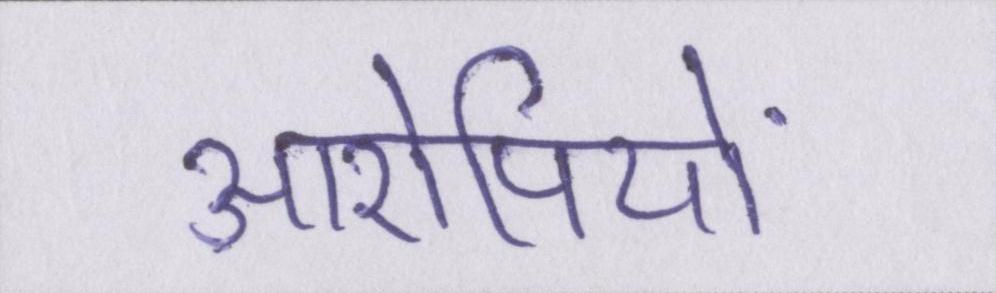
आरोपियों